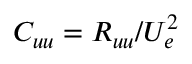
C _ { u u } = R _ { u u } / U _ { e } ^ { 2 }